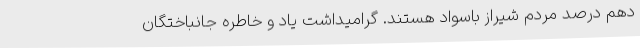
دهم درصد مردم شیراز باسواد هستند. گرامیداشت یاد و خاطره جانباختگان